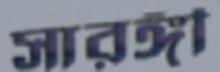
সারঙ্গী